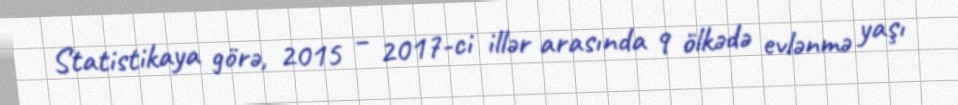
Statistikaya görə, 2015 – 2017-ci illər arasında 9 ölkədə evlənmə yaşı